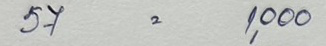
57 = 1,000